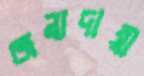
জন্যদায়ী